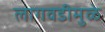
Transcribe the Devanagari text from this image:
लागवडीमुळे